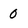
Character: 0